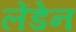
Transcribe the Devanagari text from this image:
लेंडेन